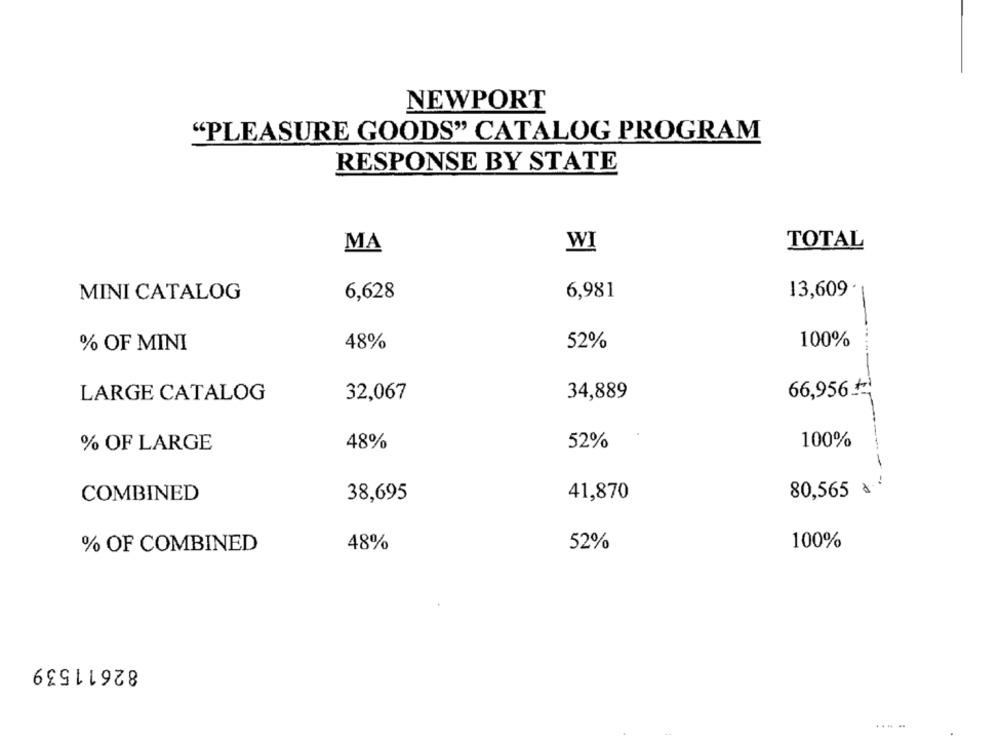
NEWPORT
"PLEASURE GOODS" CATALOG PROGRAM
RESPONSE BY STATE
WI
TOTAL
MA
MINI CATALOG
6,628
6,981
13,609 .
-
% OF MINI
48%
52%
100%
66,956 ;
LARGE CATALOG
32,067
34,889
-
% OF LARGE
48%
52%
100%
COMBINED
38,695
41,870
80,565 a ··
% OF COMBINED
48%
52%
100%
82611539